Vaccination in Bombay 1902-1912 - 1902-1912
Year: 1902
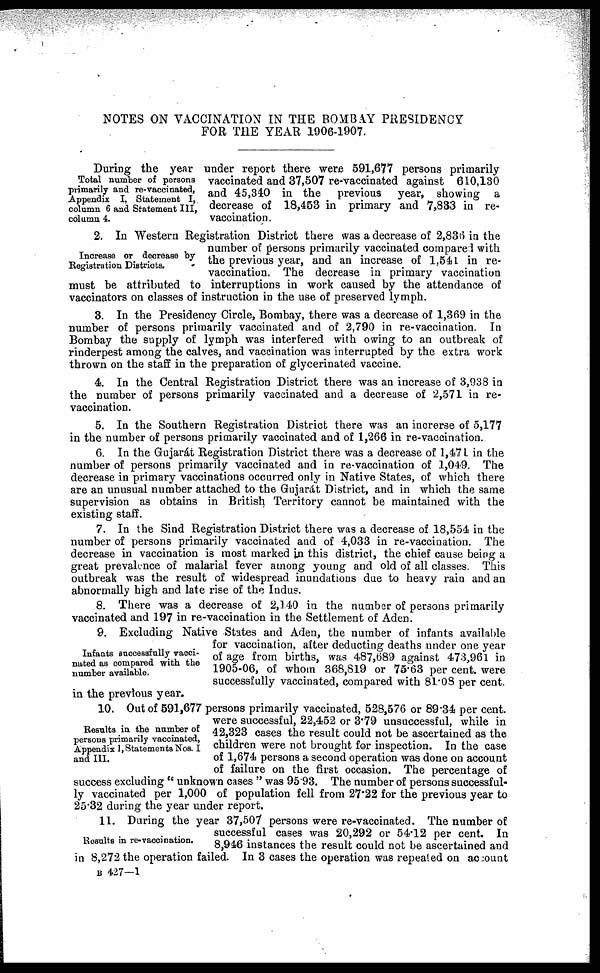
NOTES ON VACCINATION IN THE BOMBAY PRESIDENCY
FOR THE YEAR 1906-1907.
Total number of persons
primarily and re-vaccinated,
Appendix I, Statement I,
column 6 and Statement III,
column 4.
During the year under report there were 591,677 persons primarily
vaccinated and 37,507 re-vaccinated against 610,130
and 45,340 in the previous year, showing a
decrease of 18,453 in primary and 7,833 in re-
vaccination.
Increase or decrease by
Registration Districts.
2. In Western Registration District there was a decrease of 2,836 in the
number of persons primarily vaccinated compared with
the previous year, and an increase of 1,541 in re-
vaccination. The decrease in primary vaccination
must be attributed to interruptions in work caused by the attendance of
vaccinators on classes of instruction in the use of preserved lymph.
3. In the Presidency Circle, Bombay, there was a decrease of 1,369 in the
number of persons primarily vaccinated and of 2,790 in re-vaccination. In
Bombay the supply of lymph was interfered with owing to an outbreak of
rinderpest among the calves, and vaccination was interrupted by the extra work
thrown on the staff in the preparation of glycerinated vaccine.
4. In the Central Registration District there was an increase of 3,938 in
the number of persons primarily vaccinated and a decrease of 2,571 in re-
vaccination.
5. In the Southern Registration District there was an increrse of 5,177
in the number of persons primarily vaccinated and of 1,266 in re-vaccination.
6. In the Gujarát Registration District there was a decrease of 1,471 in the
number of persons primarily vaccinated and in re-vaccination of 1,049. The
decrease in primary vaccinations occurred only in Native States, of which there
are an unusual number attached to the Gujarát District, and in which the same
supervision as obtains in British Territory cannot be maintained with the
existing staff.
7. In the Sind Registration District there was a decrease of 18,554 in the
number of persons primarily vaccinated and of 4,033 in re-vaccination. The
decrease in vaccination is most marked in this district, the chief cause being a
great prevalence of malarial fever among young and old of all classes. This
outbreak was the result of widespread inundations due to heavy rain and an
abnormally high and late rise of the Indus.
8. There was a decrease of 2,140 in the number of persons primarily
vaccinated and 197 in re-vaccination in the Settlement of Aden.
Infants successfully vacci-
nated as compared with the
number available.
9. Excluding Native States and Aden, the number of infants available
for vaccination, after deducting deaths under one year
of age from births, was 487,689 against 473,961 in
1905-06, of whom 368,819 or 75.63 per cent. were
successfully vaccinated, compared with 81.08 per cent.
in the previous year.
Results in the number of
persons primarily vaccinated,
Appendix 1, Statements Nos. I
and III.
10. Out of 591,677 persons primarily vaccinated, 528,576 or 89.34 per cent
were successful, 22,452 or 3.79 unsuccessful, while in
42,323 cases the result could not be ascertained as the
children were not brought for inspection. In the case
of 1,674 persons a second operation was done on account
of failure on the first occasion. The percentage of
success excluding ''unknown cases" was 95.93. The number of persons successful-
ly vaccinated per 1,000 of population fell from 27.22 for the previous year to
25.32 during the year under report.
Results in re-vaccination.
11. During the year 37,507 persons were re-vaccinated. The number of
successful cases was 20,292 or 54.12 per cent. In
8,946 instances the result could not be ascertained and
in 8,272 the operation failed. In 3 cases the operation was repealed on account
B 427—1